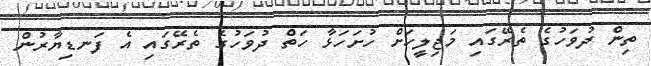
ތިން ދުވަހުގެ ތެރޭގައި މަޖިލީހަށް ހުށަހަޅާ ހަތް ދުވަހުގެ ތެރޭގައި އެ ފަނޑިޔާރުން